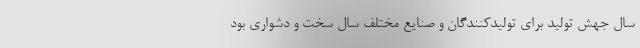
سال جهش تولید برای تولیدکنندگان و صنایع مختلف سال سخت و دشواری بود